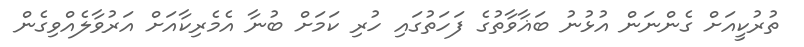
ތުރުކީއަށް ގެންނަން އުޅުނު ބަޣާވާތުގެ ފަހަތުގައި ހުރި ކަމަށް ބުނާ އެމެރިކާއަށް އަރުވާލެއްވިގެން